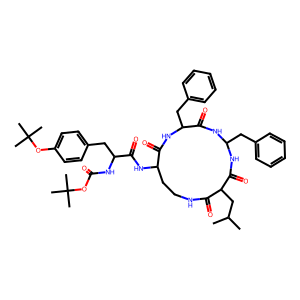
SMILES: CC(C)CC1C(=O)NCCC(NC(=O)C(Cc2ccc(OC(C)(C)C)cc2)NC(=O)OC(C)(C)C)C(=O)NC(Cc2ccccc2)C(=O)NC(Cc2ccccc2)NC1=O
Inhibits HIV replication: No